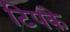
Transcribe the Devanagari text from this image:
टिपके